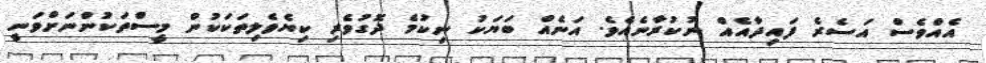
އެއްވެސް އަސެރެ ފައިދާއެއް ނުކުރާނެއެވެ. އަނެއް ބަޔަކު ނިކުމެ ދޮގުވެރި ކިޔެވެލިތަކަކުން މީސްތަކުންނަށްވަނީ